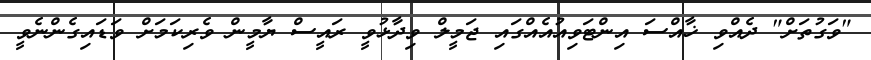
"ވަގުތަށް" ދެއްވި ޚާއްސަ އިންޓަވިއުއެއްގައި ޖަމީލް ވިދާޅުވީ ރައީސް ޔާމީން ވެރިކަމަށް ވަޑައިގެންނެވީ